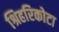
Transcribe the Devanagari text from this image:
श्रिहरिकोटा